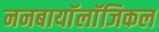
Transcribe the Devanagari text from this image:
ननबायाॅलाॅजिकल